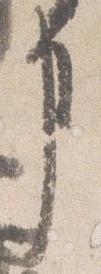
事